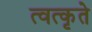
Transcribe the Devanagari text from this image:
त्वत्कृते